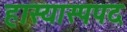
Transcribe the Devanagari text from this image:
हास्यास्पपद